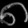
Digit: ၈